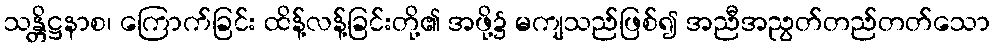
သန္တိဋ္ဌနာစ၊ ကြောက်ခြင်း ထိန့်လန့်ခြင်းတို့၏ အဖို့၌ မကျသည်ဖြစ်၍ အညီအညွတ်တည်တတ်သော